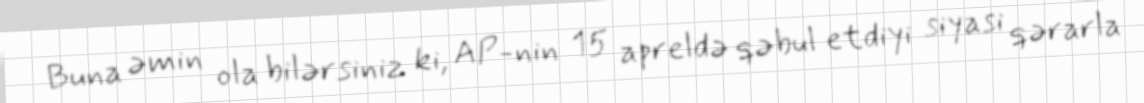
Buna əmin ola bilərsiniz ki, AP-nin 15 apreldə qəbul etdiyi siyasi qərarla